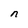
Character: n